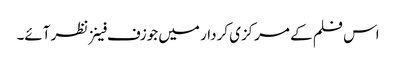
اس فلم کے مرکزی کردار میں جوزف فینز نظر آئے۔